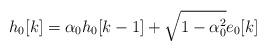
LaTeX: \begin{align*}h_0[k]=\alpha_0 h_0[k-1]+\sqrt{1-\alpha_0^2}e_0[k]\end{align*}